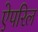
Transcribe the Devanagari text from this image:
ऐपरिल